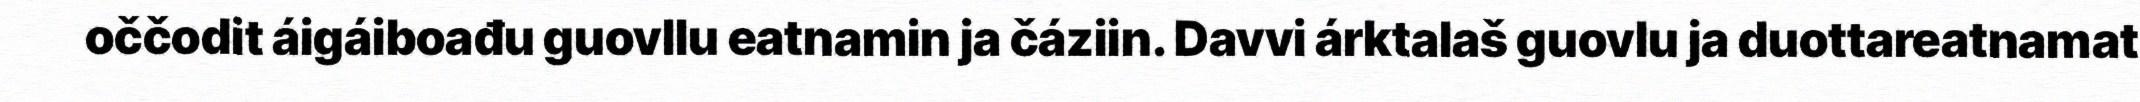
oččodit áigáiboađu guovllu eatnamin ja čáziin. Davvi árktalaš guovlu ja duottareatnamat